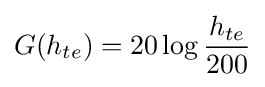
G(h_{te})=20\log {\frac {h_{te}}{200}}